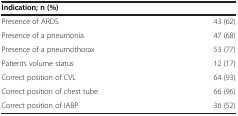
| <COLSPAN=2> Indication; n (%) |
 | --- | --- |
 | Presence of ARDS | 43 (62) |
 | Presence of a pneumonia | 47 (68) |
 | Presence of a pneumothorax | 53 (77) |
 | Patients volume status | 12 (17) |
 | Correct position of CVL | 64 (93) |
 | Correct position of chest tube | 66 (96) |
 | Correct position of IABP | 36 (52) |